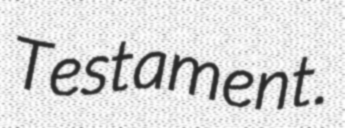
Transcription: Testament.